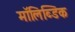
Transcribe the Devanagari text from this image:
मॉलिब्डिक